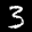
Label: 3